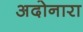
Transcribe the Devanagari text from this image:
अदोनारा